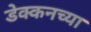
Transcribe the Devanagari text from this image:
डेक्कनच्या